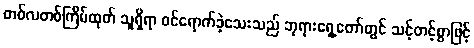
တစ်လတစ်ကြိမ်ထုတ် သူရှိရာ ဝင်ရောက်ခဲ့သေးသည် ဘုရားရှေ့တော်တွင် သင့်တင့်စွာဖြင့်